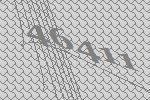
46411